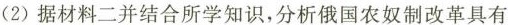
(2)据材料二并结合所学知识，分析俄国农奴制改革具有